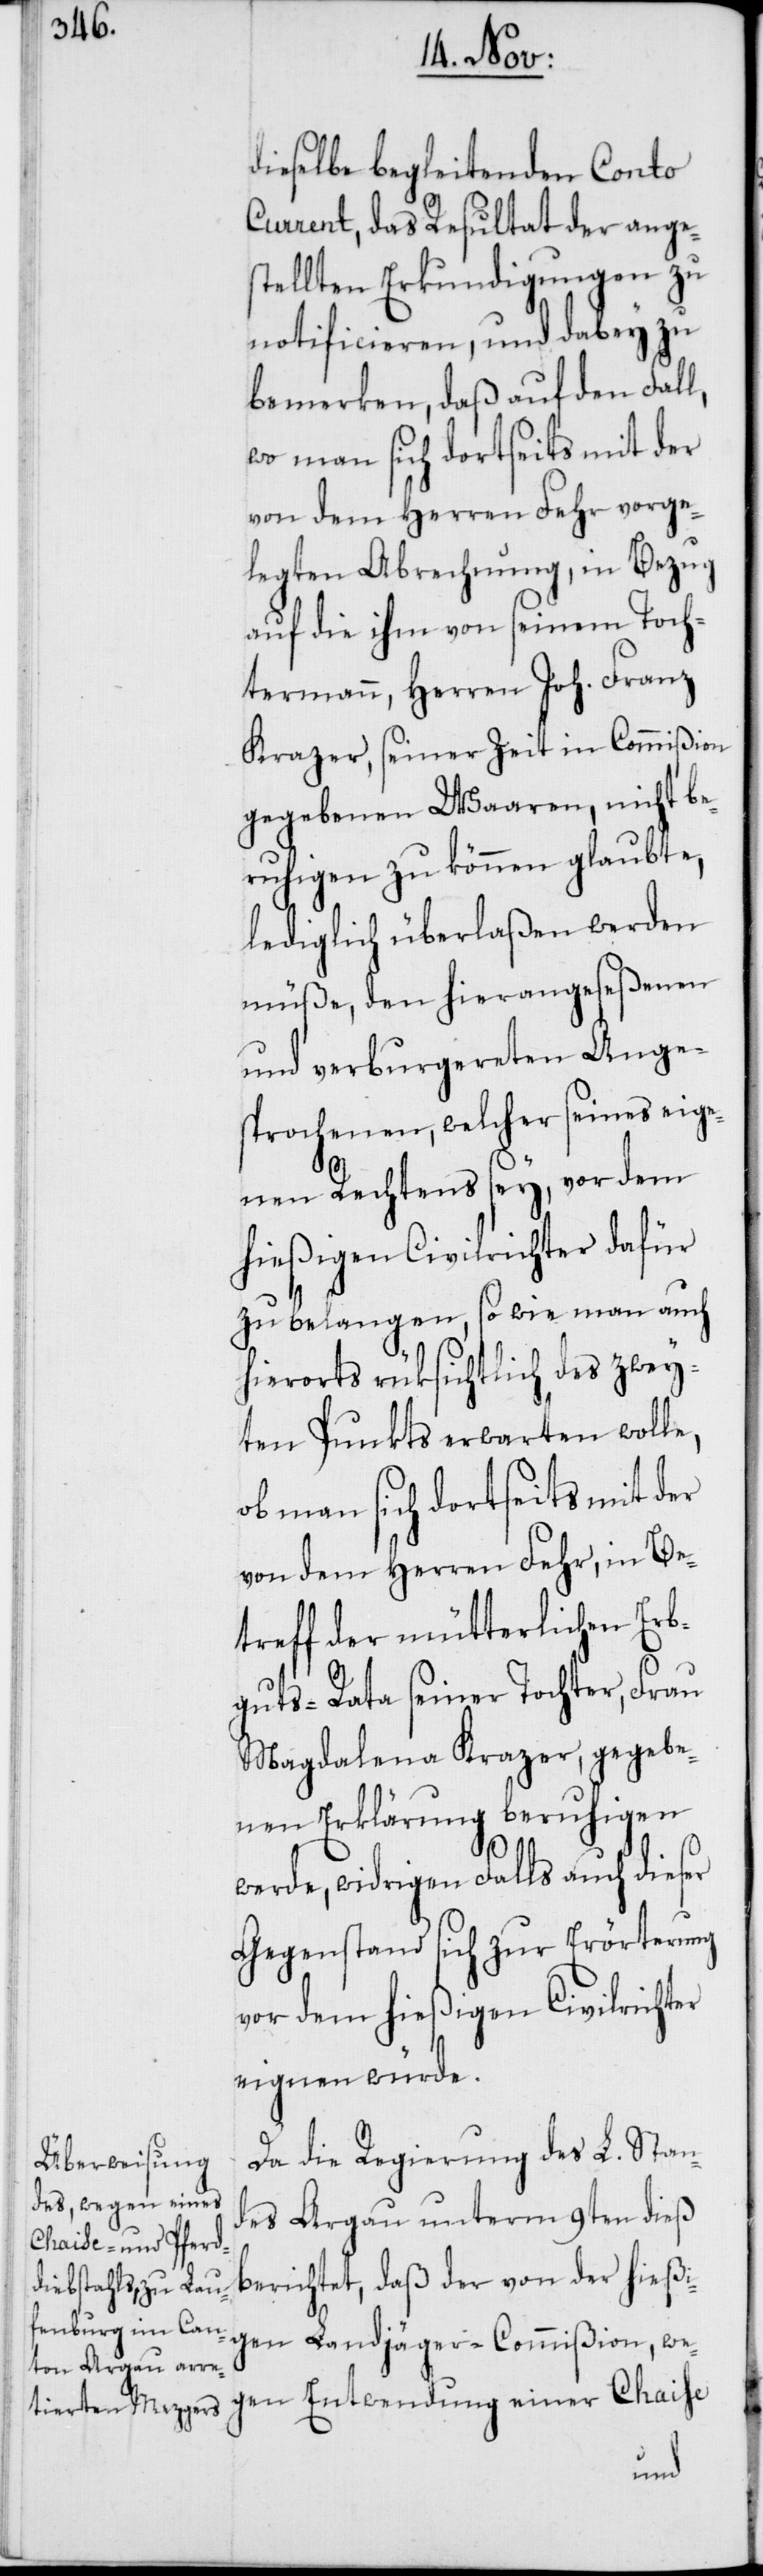
dieselbe begleitenden Conto
Current, das Resultat der ange¬
stellten Erkundigungen zu
notificieren, und dabey zu
bemerken, daß auf den Fall,
wo man sich dortseits mit der
von dem Herren Fehr vorge¬
legten Abrechnung, in Bezug
auf die ihm von seinem Toch¬
termann, Herren Joh. Franz
Krazer, seiner Zeit in Commißion
gegebenen Waaren, nicht be¬
ruhigen zu können glaubte,
lediglich überlaßen werden
müße, den hier angeseßenen
und verburgereten Ange¬
sprochenen, welche seines eige¬
nen Rechtens sey, vor dem
hießigen Civilrichter dafür
zu belangen, so wie man auch
hierorts rüksichtlich des zwey¬
ten Punkts erwarten wolle,
ob man sich dortseits mit der
von dem Herren Fehr, in Be¬
treff der mütterlichen Erb¬
guts-Rata seiner Tochter, Frau
Magdalena Krazer, gegebe¬
nen Erklärung beruhigen
werde, widrigen Falls auch dieser
Gegenstand sich zur Erörterung
vor dem hießigen Civilrichter
eignen würde.
Da die Regierung des L. Stan¬
des Argau unterm 9ten dieß
berichtet, daß der von der hießi¬
gen Landjäger-Commißion, we¬
gen Entwendung einer Chaise